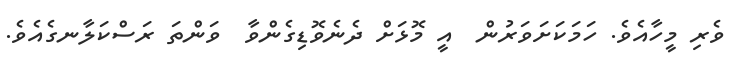
ވެރި މީހާއެވެ. ހަމަކަށަވަރުން  އީ މޮޅަށް ދެނެވޮޑިގެންވާ  ވަންތަ ރަސްކަލާނގެއެވެ.